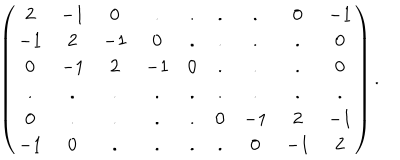
\left( \begin{array} { c c c c c c c c c } { { 2 } } & { { - 1 } } & { { 0 } } & { { . } } & { { . } } & { { . } } & { { . } } & { { 0 } } & { { - 1 } } \\ { { - 1 } } & { { 2 } } & { { - 1 } } & { { 0 } } & { { . } } & { { . } } & { { . } } & { { . } } & { { 0 } } \\ { { 0 } } & { { - 1 } } & { { 2 } } & { { - 1 } } & { { 0 } } & { { . } } & { { . } } & { { . } } & { { 0 } } \\ { { . } } & { { . } } & { { . } } & { { . } } & { { . } } & { { . } } & { { . } } & { { . } } & { { . } } \\ { { 0 } } & { { . } } & { { . } } & { { . } } & { { . } } & { { 0 } } & { { - 1 } } & { { 2 } } & { { - 1 } } \\ { { - 1 } } & { { 0 } } & { { . } } & { { . } } & { { . } } & { { . } } & { { 0 } } & { { - 1 } } & { { 2 } } \\ \end{array} \right) .